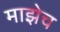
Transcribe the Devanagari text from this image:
माझेच